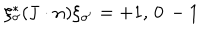
LaTeX: \xi _ { \sigma } ^ { * } ( { \bf J } \cdot { \bf n } ) \xi _ { \sigma ^ { \prime } } = + 1 , \, 0 \, - 1